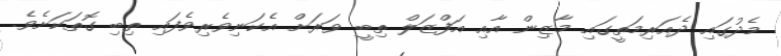
މެދުގައި ދެއަރިމަތީގައި މާޒިން އާއި އަފްޒަލް ތިބީ ވަރަށް އެކަނިވެރިވެފައި ތިބި ގޮތަކަށެވެ.